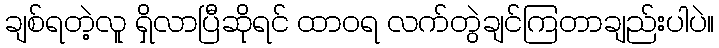
ချစ်ရတဲ့လူ ရှိလာပြီဆိုရင် ထာဝရ လက်တွဲချင်ကြတာချည်းပါပဲ။